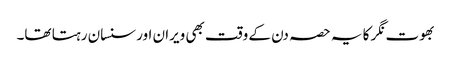
بھوت نگر کا یہ حصہ دن کے وقت بھی ویران اور سنسان رہتا تھا۔